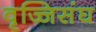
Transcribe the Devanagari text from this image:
वृज्जिसंघ